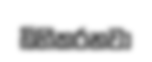
බිහිකරනවා